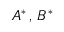
A ^ { * } \, , \, B ^ { * }